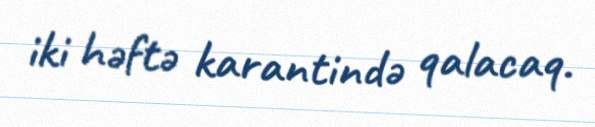
iki həftə karantində qalacaq.